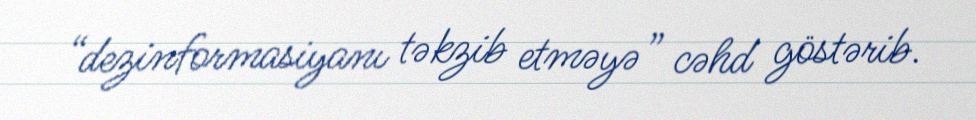
“dezinformasiyanı təkzib etməyə” cəhd göstərib.